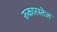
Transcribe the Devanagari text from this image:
रुकारस्तेज